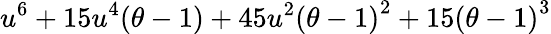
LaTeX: u^{6}+15u^{4}(\theta-1)+45u^{2}{(\theta-1)}^{2}+15{(\theta-1)}^{3}